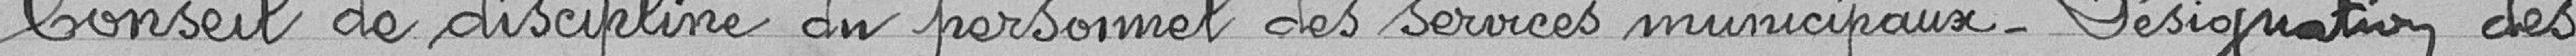
Conseil de discipline du personnel des services municipaux - Désignation des